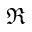
\Re